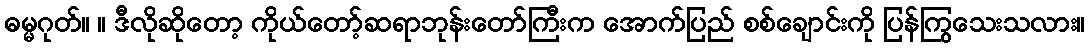
ဓမ္မဂုတ်။ ။ ဒီလိုဆိုတော့ ကိုယ်တော့်ဆရာဘုန်းတော်ကြီးက အောက်ပြည် စစ်ချောင်းကို ပြန်ကြွသေးသလား။